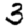
Digit: 3